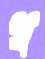
প্র